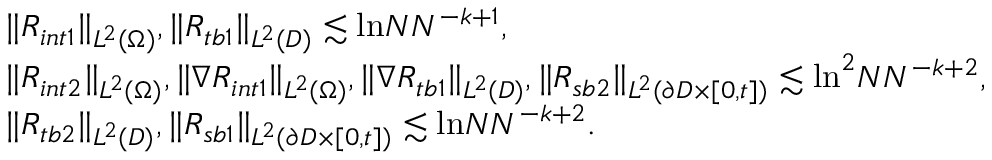
\begin{array} { r l } & { \| R _ { i n t 1 } \| _ { L ^ { 2 } ( \Omega ) } , \| R _ { t b 1 } \| _ { L ^ { 2 } ( D ) } \lesssim \mathrm { l n } N N ^ { - k + 1 } , } \\ & { \| R _ { i n t 2 } \| _ { L ^ { 2 } ( \Omega ) } , \| \nabla R _ { i n t 1 } \| _ { L ^ { 2 } ( \Omega ) } , \| \nabla R _ { t b 1 } \| _ { L ^ { 2 } ( D ) } , \| R _ { s b 2 } \| _ { L ^ { 2 } ( \partial D \times [ 0 , t ] ) } \lesssim \mathrm { l n } ^ { 2 } N N ^ { - k + 2 } , } \\ & { \| R _ { t b 2 } \| _ { L ^ { 2 } ( D ) } , \| R _ { s b 1 } \| _ { L ^ { 2 } ( \partial D \times [ 0 , t ] ) } \lesssim \mathrm { l n } N N ^ { - k + 2 } . } \end{array}